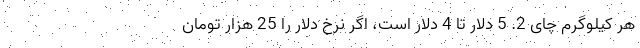
هر کیلوگرم چای 2. 5 دلار تا 4 دلار است، اگر نرخ دلار را 25 هزار تومان